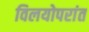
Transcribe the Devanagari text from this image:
विलयोपरांत